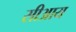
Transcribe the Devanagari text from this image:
सीआय